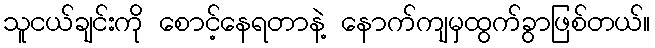
သူငယ်ချင်းကို စောင့်နေရတာနဲ့ နောက်ကျမှထွက်ခွာဖြစ်တယ်။